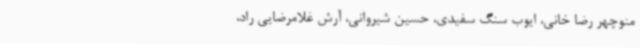
منوچهر رضا خانی، ایوب سنگ سفیدی، حسین شیروانی، آرش غلامرضایی راد،